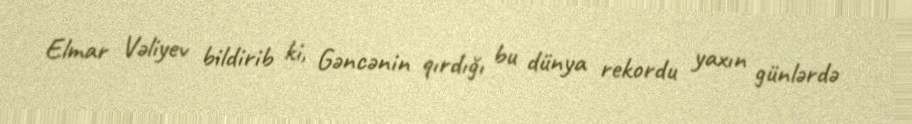
Elmar Vəliyev bildirib ki, Gəncənin qırdığı bu dünya rekordu yaxın günlərdə